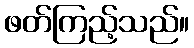
ဖတ်ကြည့်သည်။